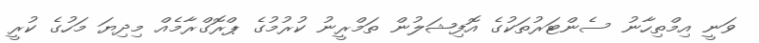
ވަނީ އިމްތިހާނު ސެންޓަރުތަކުގެ އޮފިޝަލުން ތަމްރީނު ކުރުމުގެ ޕްރޮގްރާމެއް މިދިޔަ މަހުގެ ކުރީ